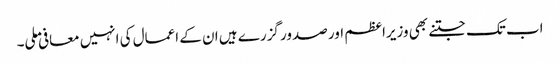
اب تک جتنے بھی وزیراعظم اور صدور گزرے ہیں ان کے اعمال کی انہیں معافی ملی۔